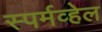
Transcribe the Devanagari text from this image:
स्पर्मव्हेल